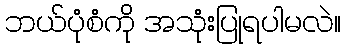
ဘယ်ပုံစံကို အသုံးပြုရပါမလဲ။